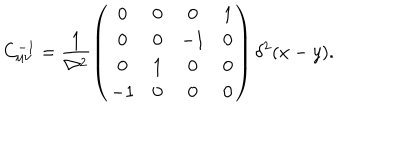
LaTeX: C _ { \mu \nu } ^ { - 1 } = \frac { 1 } { \nabla ^ { 2 } } \left( \begin{array} { c c c c } { { 0 } } & { { 0 } } & { { 0 } } & { { 1 } } \\ { { 0 } } & { { 0 } } & { { - 1 } } & { { 0 } } \\ { { 0 } } & { { 1 } } & { { 0 } } & { { 0 } } \\ { { - 1 } } & { { 0 } } & { { 0 } } & { { 0 } } \\ \end{array} \right) \delta ^ { 2 } ( x - y ) .